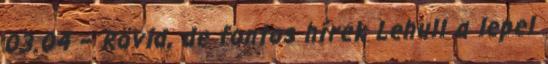
03.04 – Rövid, de fontos hírek Lehull a lepel